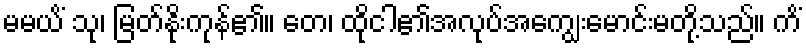
မမယိံ သု၊ မြတ်နိုးကုန်၏။ တေ၊ ထိုငါ၏အလုပ်အကျွေးမောင်းမတို့သည်။ ကိံ